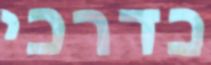
כדרכי